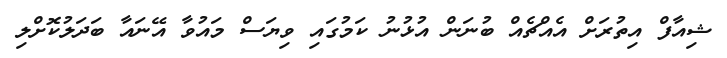
ޝިއާފް އިތުރަށް އެއްޗެއް ބުނަން އުޅުނު ކަމުގައި ވިޔަސް މައުވާ އޭނައާ ބަދަލުކޮށްލި